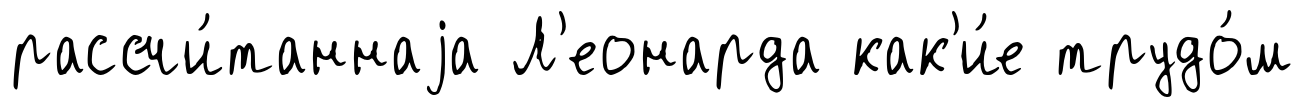
рассчи́таннаjа Л'еонарда как'и́е трудо́м